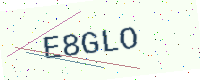
Text: E8GLO